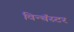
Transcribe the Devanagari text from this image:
विन्चॅस्टर